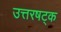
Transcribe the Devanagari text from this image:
उत्तरषट्क